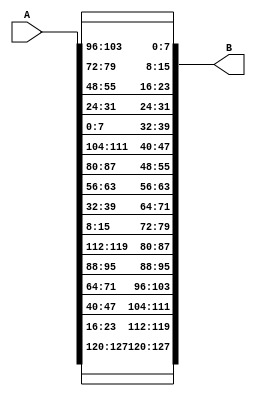
module InvShiftRows(A,B);

input  [127:0]A;
output [127:0]B;

assign B[127:120]=A[127:120];//15-->15
assign B[119:112]=A[23:16];//14-->14
assign B[111:104]=A[47:40];//13-->13
assign B[103:96]=A[71:64];//12-->12 

assign B[95:88]=A[95:88];//11-->8
assign B[87:80]=A[119:112];//10-->11
assign B[79:72]=A[15:8];//9-->10
assign B[71:64]=A[39:32];//8-->9

assign B[63:56]=A[63:56];//7-->5
assign B[55:48]=A[87:80];//6-->4
assign B[47:40]=A[111:104];//5-->7
assign B[39:32]=A[7:0];//4-->6

assign B[31:24]=A[31:24];//3-->2
assign B[23:16]=A[55:48];//2-->1
assign B[15:8]=A[79:72];//1-->0
assign B[7:0]=A[103:96];//0-->3

endmodule
///////////////////////////////////////////
module s_box_inv(input [7:0] i,output reg [7:0] o);

  always @ ( i )
    case (i)
     8'h63 : o= 8'h00;
     8'h7c : o= 8'h01;
     8'h77 : o= 8'h02;
     8'h7b : o= 8'h03;
     8'hf2 : o= 8'h04;
     8'h6b : o= 8'h05;
     8'h6f : o= 8'h06;
     8'hc5 : o= 8'h07;
     8'h30 : o= 8'h08;
     8'h01 : o= 8'h09;
     8'h67 : o= 8'h0a;
     8'h2b : o= 8'h0b;
     8'hfe : o= 8'h0c;
     8'hd7 : o= 8'h0d;
     8'hab : o= 8'h0e;
     8'h76 : o= 8'h0f;
     8'hca : o= 8'h10;
     8'h82 : o= 8'h11;
     8'hc9 : o= 8'h12;
     8'h7d : o= 8'h13;
     8'hfa : o= 8'h14;
     8'h59 : o= 8'h15;
     8'h47 : o= 8'h16;
     8'hf0 : o= 8'h17;
     8'had : o= 8'h18;
     8'hd4 : o= 8'h19;
     8'ha2 : o= 8'h1a;
     8'haf : o= 8'h1b;
     8'h9c : o= 8'h1c;
     8'ha4 : o= 8'h1d;
     8'h72 : o= 8'h1e;
     8'hc0 : o= 8'h1f;
     8'hb7 : o= 8'h20;
     8'hfd : o= 8'h21;
     8'h93 : o= 8'h22;
     8'h26 : o= 8'h23;
     8'h36 : o= 8'h24;
     8'h3f : o= 8'h25;
     8'hf7 : o= 8'h26;
     8'hcc : o= 8'h27;
     8'h34 : o= 8'h28;
     8'ha5 : o= 8'h29;
     8'he5 : o= 8'h2a;
     8'hf1 : o= 8'h2b;
     8'h71 : o= 8'h2c;
     8'hd8 : o= 8'h2d;
     8'h31 : o= 8'h2e;
     8'h15 : o= 8'h2f;
     8'h04 : o= 8'h30;
     8'hc7 : o= 8'h31;
     8'h23 : o= 8'h32;
     8'hc3 : o= 8'h33;
     8'h18 : o= 8'h34;
     8'h96 : o= 8'h35;
     8'h05 : o= 8'h36;
     8'h9a : o= 8'h37;
     8'h07 : o= 8'h38;
     8'h12 : o= 8'h39;
     8'h80 : o= 8'h3a;
     8'he2 : o= 8'h3b;
     8'heb : o= 8'h3c;
     8'h27 : o= 8'h3d;
     8'hb2 : o= 8'h3e;
     8'h75 : o= 8'h3f;
     8'h09 : o= 8'h40;
     8'h83 : o= 8'h41;
     8'h2c : o= 8'h42;
     8'h1a : o= 8'h43;
     8'h1b : o= 8'h44;
     8'h6e : o= 8'h45;
     8'h5a : o= 8'h46;
     8'ha0 : o= 8'h47;
     8'h52 : o= 8'h48;
     8'h3b : o= 8'h49;
     8'hd6 : o= 8'h4a; 
     8'hb3 : o= 8'h4b;
     8'h29 : o= 8'h4c;
     8'he3 : o= 8'h4d;
     8'h2f : o= 8'h4e;
     8'h84 : o= 8'h4f;
     8'h53 : o= 8'h50;
     8'hd1 : o= 8'h51;
     8'h00 : o= 8'h52;
     8'hed : o= 8'h53;
     8'h20 : o= 8'h54;
     8'hfc : o= 8'h55;
     8'hb1 : o= 8'h56;
     8'h5b : o= 8'h57;
     8'h6a : o= 8'h58;
     8'hcb : o= 8'h59;
     8'hbe : o= 8'h5a;
     8'h39 : o= 8'h5b;
     8'h4a : o= 8'h5c;
     8'h4c : o= 8'h5d;
     8'h58 : o= 8'h5e;
     8'hcf : o= 8'h5f;
     8'hd0 : o= 8'h60;
     8'hef : o= 8'h61;
     8'haa : o= 8'h62;
     8'hfb : o= 8'h63;
     8'h43 : o= 8'h64;
     8'h4d : o= 8'h65;
     8'h33 : o= 8'h66;
     8'h85 : o= 8'h67;
     8'h45 : o= 8'h68;
     8'hf9 : o= 8'h69;
     8'h02 : o= 8'h6a;
     8'h7f : o= 8'h6b;
     8'h50 : o= 8'h6c;
     8'h3c : o= 8'h6d;
     8'h9f : o= 8'h6e;
     8'ha8 : o= 8'h6f;
     8'h51 : o= 8'h70;
     8'ha3 : o= 8'h71;
     8'h40 : o= 8'h72;
     8'h8f : o= 8'h73;
     8'h92 : o= 8'h74;
     8'h9d : o= 8'h75;
     8'h38 : o= 8'h76;
     8'hf5 : o= 8'h77;
     8'hbc : o= 8'h78;
     8'hb6 : o= 8'h79;
     8'hda : o= 8'h7a;
     8'h21 : o= 8'h7b;
     8'h10 : o= 8'h7c;
     8'hff : o= 8'h7d;
     8'hf3 : o= 8'h7e;
     8'hd2 : o= 8'h7f;
     8'hcd : o= 8'h80;
     8'h0c : o= 8'h81;
     8'h13 : o= 8'h82;
     8'hec : o= 8'h83;
     8'h5f : o= 8'h84;
     8'h97 : o= 8'h85;
     8'h44 : o= 8'h86;
     8'h17 : o= 8'h87;
     8'hc4 : o= 8'h88;
     8'ha7 : o= 8'h89;
     8'h7e : o= 8'h8a;
     8'h3d : o= 8'h8b;
     8'h64 : o= 8'h8c;
     8'h5d : o= 8'h8d;
     8'h19 : o= 8'h8e;
     8'h73 : o= 8'h8f;
     8'h60 : o= 8'h90;
     8'h81 : o= 8'h91;
     8'h4f : o= 8'h92;
     8'hdc : o= 8'h93;
     8'h22 : o= 8'h94;
     8'h2a : o= 8'h95;
     8'h90 : o= 8'h96;
     8'h88 : o= 8'h97;
     8'h46 : o= 8'h98;
     8'hee : o= 8'h99;
     8'hb8 : o= 8'h9a;
     8'h14 : o= 8'h9b;
     8'hde : o= 8'h9c;
     8'h5e : o= 8'h9d;
     8'h0b : o= 8'h9e;
     8'hdb : o= 8'h9f;
     8'he0 : o= 8'ha0;
     8'h32 : o= 8'ha1;
     8'h3a : o= 8'ha2;
     8'h0a : o= 8'ha3;
     8'h49 : o= 8'ha4;
     8'h06 : o= 8'ha5;
     8'h24 : o= 8'ha6;
     8'h5c : o= 8'ha7;
     8'hc2 : o= 8'ha8;
     8'hd3 : o= 8'ha9;
     8'hac : o= 8'haa;
     8'h62 : o= 8'hab;
     8'h91 : o= 8'hac;
     8'h95 : o= 8'had;
     8'he4 : o= 8'hae;
     8'h79 : o= 8'haf;
     8'he7 : o= 8'hb0;
     8'hc8 : o= 8'hb1;
     8'h37 : o= 8'hb2;
     8'h6d : o= 8'hb3;
     8'h8d : o= 8'hb4;
     8'hd5 : o= 8'hb5;
     8'h4e : o= 8'hb6;
     8'ha9 : o= 8'hb7;
     8'h6c : o= 8'hb8;
     8'h56 : o= 8'hb9;
     8'hf4 : o= 8'hba;
     8'hea : o= 8'hbb;
     8'h65 : o= 8'hbc;
     8'h7a : o= 8'hbd;
     8'hae : o= 8'hbe;
     8'h08 : o= 8'hbf;
     8'hba : o= 8'hc0;
     8'h78 : o= 8'hc1;
     8'h25 : o= 8'hc2;
     8'h2e : o= 8'hc3;
     8'h1c : o= 8'hc4;
     8'ha6 : o= 8'hc5;
     8'hb4 : o= 8'hc6;
     8'hc6 : o= 8'hc7;
     8'he8 : o= 8'hc8;
     8'hdd : o= 8'hc9;
     8'h74 : o= 8'hca;
     8'h1f : o= 8'hcb;
     8'h4b : o= 8'hcc;
     8'hbd : o= 8'hcd;
     8'h8b : o= 8'hce;
     8'h8a : o= 8'hcf;
     8'h70 : o= 8'hd0;
     8'h3e : o= 8'hd1;
     8'hb5 : o= 8'hd2;
     8'h66 : o= 8'hd3;
     8'h48 : o= 8'hd4;
     8'h03 : o= 8'hd5;
     8'hf6 : o= 8'hd6;
     8'h0e : o= 8'hd7;
     8'h61 : o= 8'hd8;
     8'h35 : o= 8'hd9;
     8'h57 : o= 8'hda;
     8'hb9 : o= 8'hdb;
     8'h86 : o= 8'hdc;
     8'hc1 : o= 8'hdd;
     8'h1d : o= 8'hde;
     8'h9e : o= 8'hdf;
     8'he1 : o= 8'he0;
     8'hf8 : o= 8'he1;
     8'h98 : o= 8'he2;
     8'h11 : o= 8'he3;
     8'h69 : o= 8'he4;
     8'hd9 : o= 8'he5;
     8'h8e : o= 8'he6;
     8'h94 : o= 8'he7;
     8'h9b : o= 8'he8;
     8'h1e : o= 8'he9;
     8'h87 : o= 8'hea;
     8'he9 : o= 8'heb;
     8'hce : o= 8'hec;
     8'h55 : o= 8'hed;
     8'h28 : o= 8'hee;
     8'hdf : o= 8'hef;
     8'h8c : o= 8'hf0;
     8'ha1 : o= 8'hf1;
     8'h89 : o= 8'hf2;
     8'h0d : o= 8'hf3;
     8'hbf : o= 8'hf4;
     8'he6 : o= 8'hf5;
     8'h42 : o= 8'hf6;
     8'h68 : o= 8'hf7;
     8'h41 : o= 8'hf8;
     8'h99 : o= 8'hf9;
     8'h2d : o= 8'hfa;
     8'h0f : o= 8'hfb;
     8'hb0 : o= 8'hfc;
     8'h54 : o= 8'hfd;
     8'hbb : o= 8'hfe;
     8'h16 : o= 8'hff;
  endcase
endmodule 
/////////////////////////////////////
module InvMixColumns
(
input  [127:0] state,
output wire [127:0] NewState
);
wire [127:0] out1;
wire [127:0] out2;
wire [127:0] out3;
wire [127:0] out4;

Invmultiply e1 (state[127:120],4'b1110,out1[127:120]);
Invmultiply e2 (state[119:112],4'b1011,out1[119:112]);
Invmultiply e3 (state[111:104],4'b1101,out1[111:104]);
Invmultiply e4 (state[103:96], 4'b1001,out1[103:96]);
assign NewState[127:120]=out1[127:120]^out1[119:112]^out1[111:104]^out1[103:96];  //e11

Invmultiply e5 (state[127:120],4'b1001,out1[95:88]);
Invmultiply e6 (state[119:112],4'b1110,out1[87:80] );
Invmultiply e7 (state[111:104],4'b1011,out1[79:72] );
Invmultiply e8 (state[103:96], 4'b1101,out1[71:64]);
assign NewState[119:112]=out1[95:88]^out1[87:80]^out1[79:72]^out1[71:64];  //e21///////////////////

Invmultiply e9 (state[127:120], 4'b1101,out1[63:56]);
Invmultiply e10 (state[119:112],4'b1001,out1[55:48]);
Invmultiply e11 (state[111:104],4'b1110,out1[47:40]);
Invmultiply e12 (state[103:96], 4'b1011,out1[39:32]);
assign NewState[111:104]=out1[63:56]^out1[55:48]^out1[47:40]^out1[39:32];  //e31

Invmultiply e13 (state[127:120],4'b1011,out1[31:24]);
Invmultiply e14 (state[119:112],4'b1101,out1[23:16]);
Invmultiply e15 (state[111:104],4'b1001,out1[15:8]);
Invmultiply e16 (state[103:96], 4'b1110,out1[7:0]);
assign NewState[103:96]=out1[31:24]^out1[23:16]^out1[15:8]^out1[7:0];  //e41
///////////////////////////////////////////////////////////////////////
Invmultiply e17 (state[95:88],4'b1110,out2[127:120]); 
Invmultiply e18 (state[87:80],4'b1011,out2[119:112]);
Invmultiply e19 (state[79:72],4'b1101,out2[111:104]);
Invmultiply e20 (state[71:64], 4'b1001,out2[103:96]);///
assign NewState[95:88]=out2[127:120]^out2[119:112]^out2[111:104]^out2[103:96];  //e11

Invmultiply e21 (state[95:88],4'b1001,out2[95:88]);
Invmultiply e22 (state[87:80],4'b1110,out2[87:80] );
Invmultiply e23 (state[79:72],4'b1011,out2[79:72] );
Invmultiply e24 (state[71:64],4'b1101,out2[71:64]);/////
assign NewState[87:80]=out2[95:88]^out2[87:80]^out2[79:72]^out2[71:64];  //e21///////////////////////////

Invmultiply e25 (state[95:88],4'b1101,out2[63:56]);
Invmultiply e26 (state[87:80],4'b1001,out2[55:48]);
Invmultiply e27 (state[79:72],4'b1110,out2[47:40]);
Invmultiply e28 (state[71:64],4'b1011,out2[39:32]);/////
assign NewState[79:72]=out2[63:56]^out2[55:48]^out2[47:40]^out2[39:32];  //e31

Invmultiply e29 (state[95:88],4'b1011,out2[31:24]);
Invmultiply e30 (state[87:80],4'b1101,out2[23:16]);
Invmultiply e31 (state[79:72],4'b1001,out2[15:8]);
Invmultiply e32 (state[71:64],4'b1110,out2[7:0]);/////
assign NewState[71:64]=out2[31:24]^out2[23:16]^out2[15:8]^out2[7:0];  //e41
///////////////////////////////////////////////////////////////////////////
Invmultiply e33 (state[63:56],4'b1110,out3[127:120]);
Invmultiply e34 (state[55:48],4'b1011,out3[119:112]);
Invmultiply e35 (state[47:40],4'b1101,out3[111:104]);
Invmultiply e36 (state[39:32],4'b1001,out3[103:96]);
assign NewState[63:56]=out3[127:120]^out3[119:112]^out3[111:104]^out3[103:96];  //e13

Invmultiply e37 (state[63:56],4'b1001,out3[95:88]);
Invmultiply e38 (state[55:48],4'b1110,out3[87:80] );
Invmultiply e39 (state[47:40],4'b1011,out3[79:72] );
Invmultiply e40 (state[39:32],4'b1101,out3[71:64] );
assign NewState[55:48]=out3[95:88]^out3[87:80]^out3[79:72]^out3[71:64];  //e23/////////////////////////////

Invmultiply e41 (state[63:56],4'b1101,out3[63:56]);
Invmultiply e42 (state[55:48],4'b1001,out3[55:48]);
Invmultiply e43 (state[47:40],4'b1110,out3[47:40]);
Invmultiply e44 (state[39:32],4'b1011,out3[39:32]);
assign NewState[47:40]=out3[63:56]^out3[55:48]^out3[47:40]^out3[39:32];  //e33

Invmultiply e45 (state[63:56],4'b1011,out3[31:24]);
Invmultiply e46 (state[55:48],4'b1101,out3[23:16]);
Invmultiply e47 (state[47:40],4'b1001,out3[15:8] );
Invmultiply e48 (state[39:32],4'b1110,out3[7:0]  );
assign NewState[39:32]=out3[31:24]^out3[23:16]^out3[15:8]^out3[7:0];  //e43
/////////////////////////////////////////////////////////////////////////
Invmultiply e49 (state[31:24],4'b1110,out4[127:120]);
Invmultiply e50 (state[23:16],4'b1011,out4[119:112]);
Invmultiply e51 (state[15:8] ,4'b1101,out4[111:104]);
Invmultiply e52 (state[7:0]  ,4'b1001,out4[103:96]);
assign NewState[31:24]=out4[127:120]^out4[119:112]^out4[111:104]^out4[103:96];  //e14

Invmultiply e53 (state[31:24],4'b1001,out4[95:88]);
Invmultiply e54 (state[23:16],4'b1110,out4[87:80] );
Invmultiply e55 (state[15:8] ,4'b1011,out4[79:72] ); 
Invmultiply e56 (state[7:0]  ,4'b1101,out4[71:64] );
assign NewState[23:16]=out4[95:88]^out4[87:80]^out4[79:72]^out4[71:64];  //e24   /////////////////////////////////////

Invmultiply e57 (state[31:24],4'b1101,out4[63:56]);
Invmultiply e58 (state[23:16],4'b1001,out4[55:48]);
Invmultiply e59 (state[15:8] ,4'b1110,out4[47:40]);
Invmultiply e60 (state[7:0]  ,4'b1011,out4[39:32]);
assign NewState[15:8]=out4[63:56]^out4[55:48]^out4[47:40]^out4[39:32];  //e34

Invmultiply e61 (state[31:24],4'b1011,out4[31:24]);
Invmultiply e62 (state[23:16],4'b1101,out4[23:16]);
Invmultiply e63 (state[15:8] ,4'b1001,out4[15:8]);
Invmultiply e64 (state[7:0]  ,4'b1110,out4[7:0]);
assign NewState[7:0]=out4[31:24]^out4[23:16]^out4[15:8]^out4[7:0];  //e44*/


endmodule
/////////////////////////////////
module Invmultiply
(
input [7:0] in,
input [3:0]x,
output reg [7:0] out
);
reg [7:0] out1;
reg [7:0] out2;
reg [7:0] out3;
always@(in,x)
begin
if (x==4'b1001)
begin
out1[7:0]={in[6:0],1'b0};
if(in[7]==1'b1)
out1=out1^8'b00011011;
else 
out1=out1;
//x2
out2[7:0]={out1[6:0],1'b0};
if(out1[7]==1'b1)
out2=out2^8'b00011011;
else 
out2=out2;
//x2
out3[7:0]={out2[6:0],1'b0};
if(out2[7]==1'b1)
out3=out3^8'b00011011;
else 
out3=out3;
//x2
out=out3^in;
end
else if(x==4'b1011)//b
begin
out1[7:0]={in[6:0],1'b0};
if(in[7]==1'b1)
out1=out1^8'b00011011;
else 
out1=out1;
//x2
out2[7:0]={out1[6:0],1'b0};
if(out1[7]==1'b1)
out2=out2^8'b00011011;
else 
out2=out2;
//x2
out2=out2^in;
out3[7:0]={out2[6:0],1'b0};
if(out2[7]==1'b1)
out3=out3^8'b00011011;
else 
out3=out3;
//x2
out3=out3^in;
out=out3;
end

else if(x==4'b1101)//d
begin
out1[7:0]={in[6:0],1'b0};
if(in[7]==1'b1)
out1=out1^8'b00011011;
else 
out1=out1;
//x2
out1=out1^in;
out2[7:0]={out1[6:0],1'b0};
if(out1[7]==1'b1)
out2=out2^8'b00011011;
else 
out2=out2;
//x2
out3[7:0]={out2[6:0],1'b0};
if(out2[7]==1'b1)
out3=out3^8'b00011011;
else 
out3=out3;
//x2
out3=out3^in;
out=out3;
end

else if(x==4'b1110)//e
begin
out1[7:0]={in[6:0],1'b0};
if(in[7]==1'b1)
out1=out1^8'b00011011;
else 
out1=out1;
//x2
out1=out1^in;
out2[7:0]={out1[6:0],1'b0};
if(out1[7]==1'b1)
out2=out2^8'b00011011;
else 
out2=out2;
//x2
out2=out2^in;
out3[7:0]={out2[6:0],1'b0};
if(out2[7]==1'b1)
out3=out3^8'b00011011;
else 
out3=out3;
out=out3;
end

end

endmodule
//////////////////////////////////////////////////